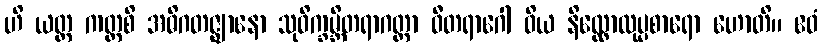
ဟိ ယတ္ထ ကတ္ထစိ အဓိဂတဇ္ဈာနော သုဝိက္ခမ္ဘိတရာဂတ္တာ ဝီတရာဂေါ ဝိယ နိလ္လောလုပ္ပစာရော ဟောတိ။ ဧဝံ